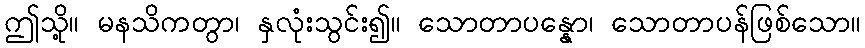
ဤသို့။ မနသိကတွာ၊ နှလုံးသွင်း၍။ သောတာပန္နော၊ သောတာပန်ဖြစ်သော။